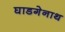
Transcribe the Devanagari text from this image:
घाडगेनाथ